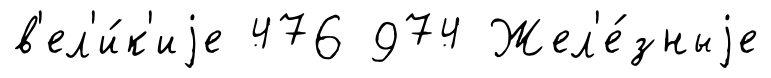
в'ел'и́к'иjе 476 974 Жел'е́зныjе